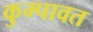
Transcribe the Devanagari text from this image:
कुम्पावत